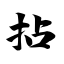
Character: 拈